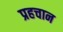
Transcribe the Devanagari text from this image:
प्रहचान